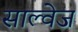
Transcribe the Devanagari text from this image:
साल्वेज